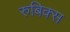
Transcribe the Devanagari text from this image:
रुबिक्स